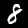
Digit: 8